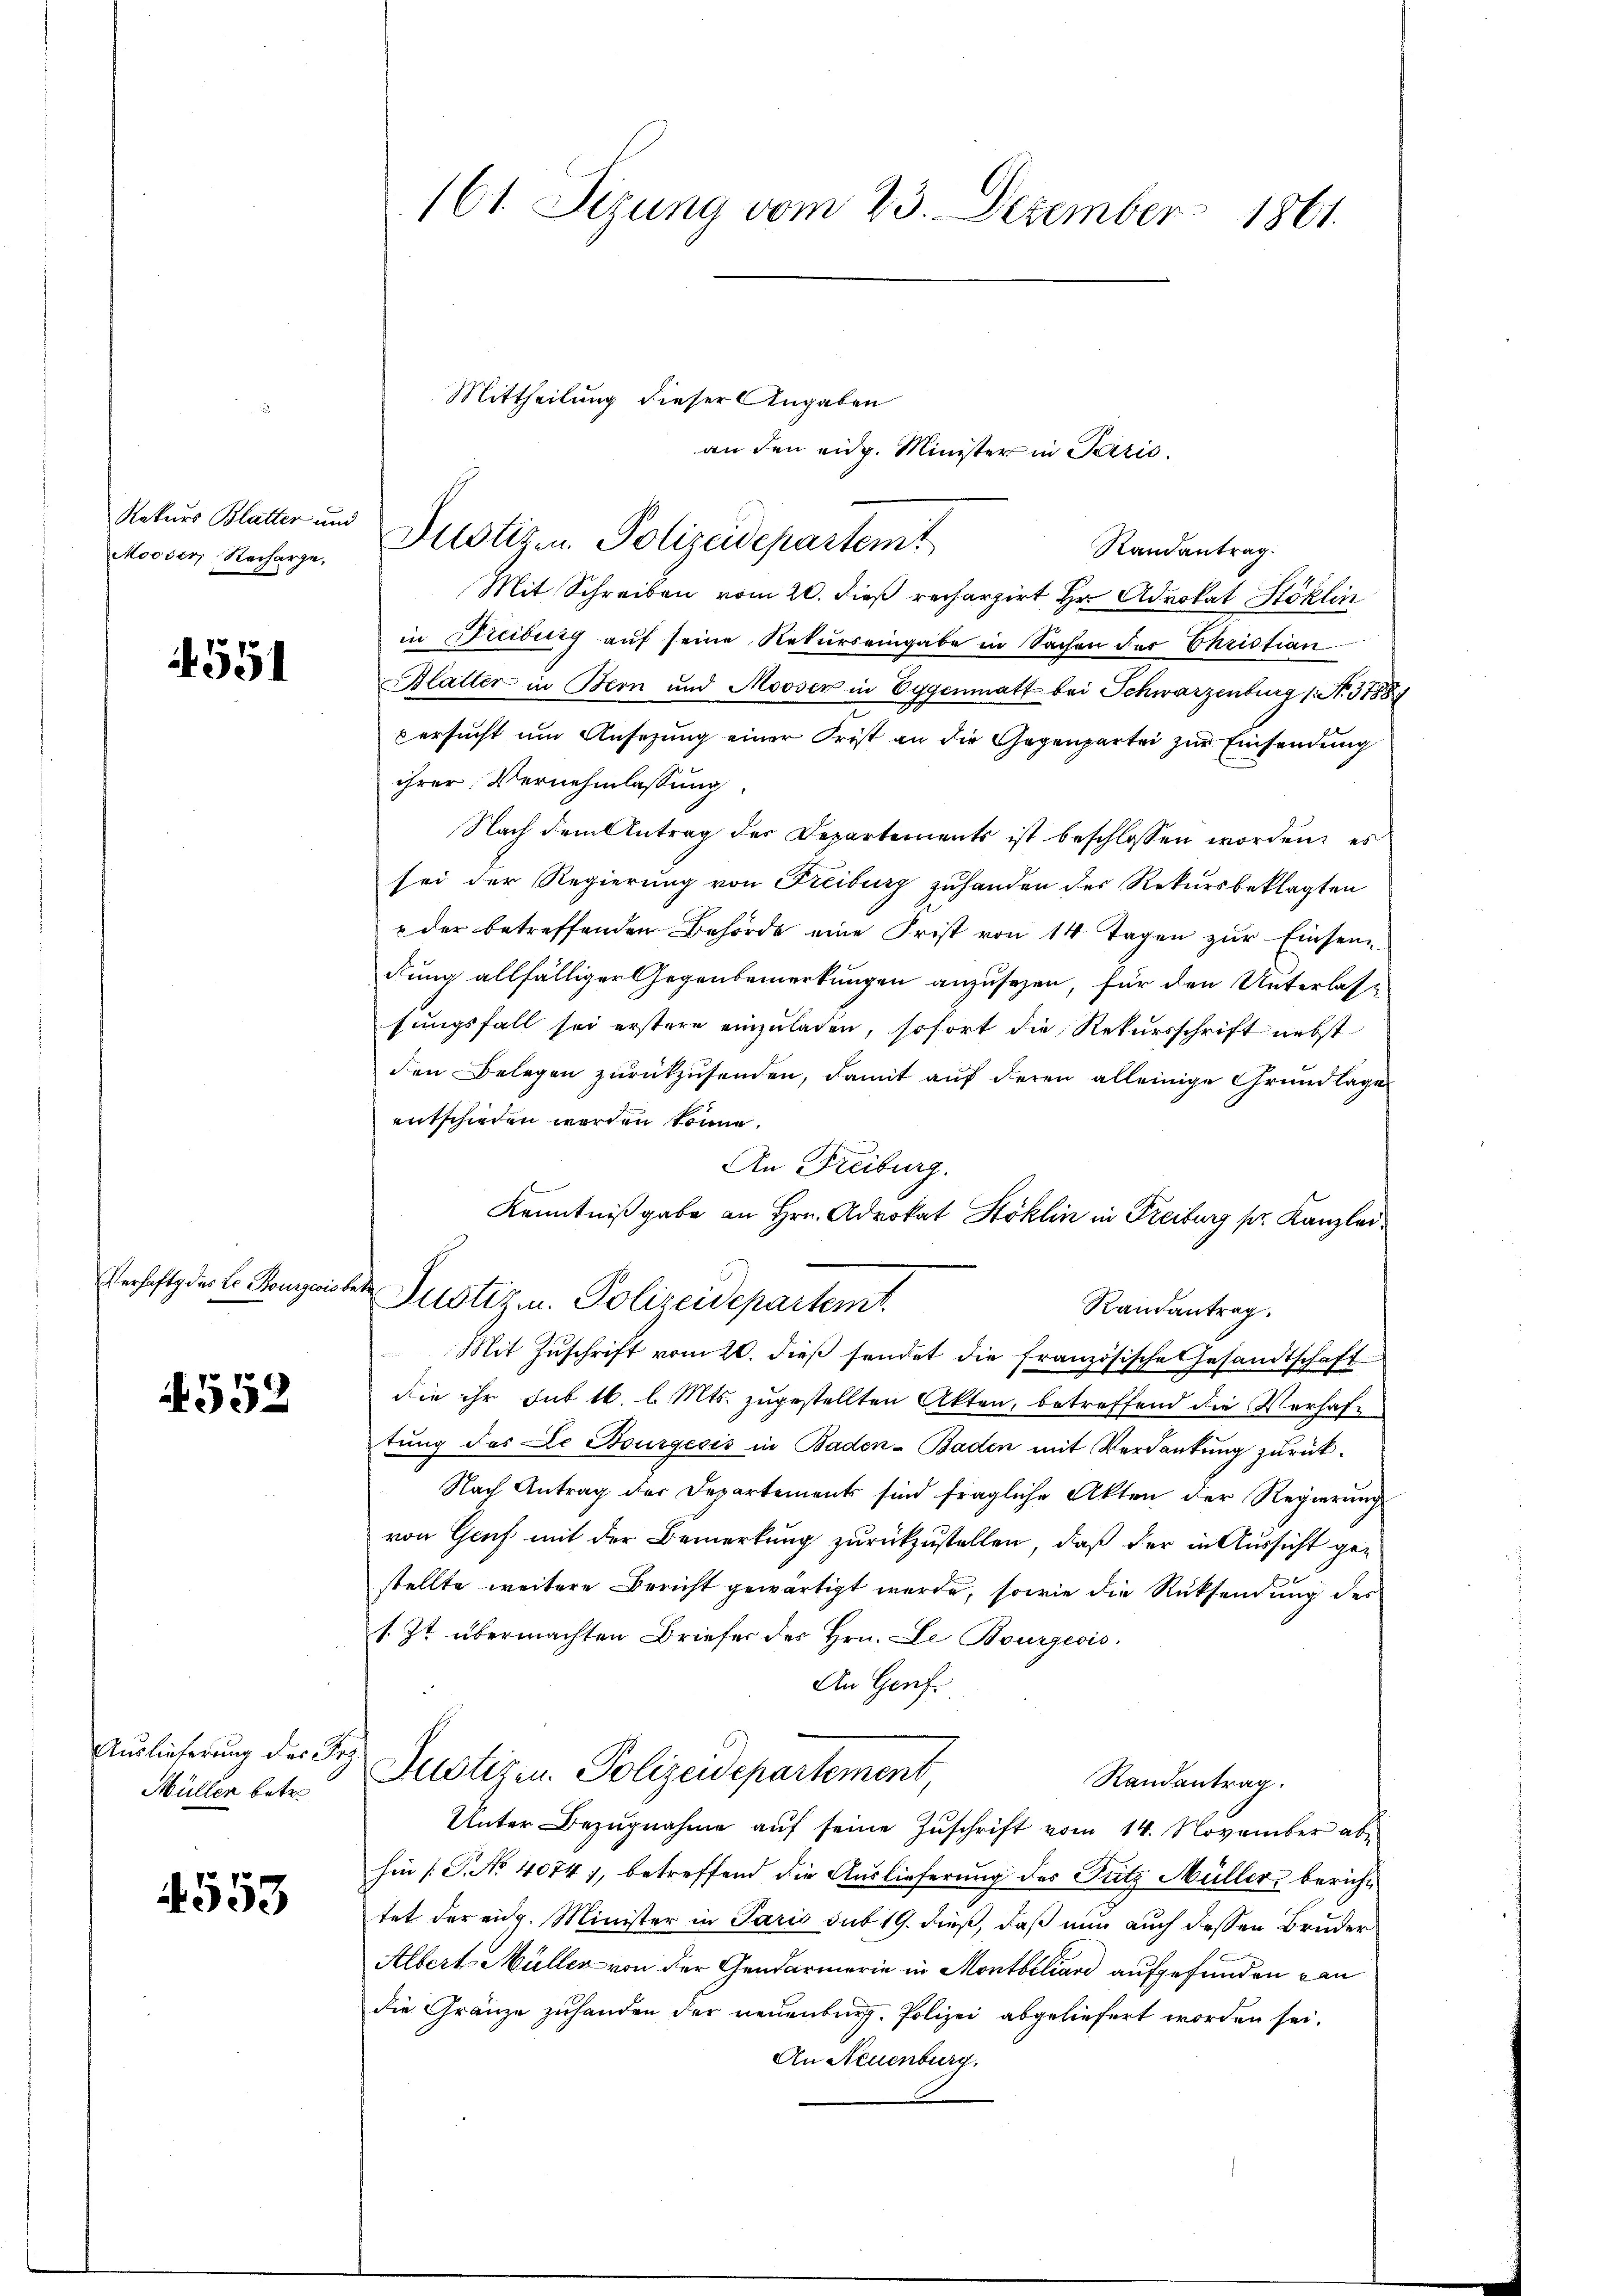
Mooser Recharge,

551

Verhaft der Lo Kourwis

4552

Auslieferung des Frz.
Müllen betr.

4553

161. Sitzung vom 23. Dezember 1861.

betr

an den eidg. Minister in Paris.
Randantrag.
Mit Schreiben vom 20. dieß rechargirt Hr. Advokat Höklin
in Freiburg auf seine Rekurs eingabe in Sachen der Ehristian
Alatter in Bern und Mooser in Eggenmatt bei Schwarzenburg (: No 31889
versucht um Ansezung einer Frist an die Gegenpartei zur Einsendung
ihrer Vernehmlassung.
Nach dem Antrag der Departements ist beschlossen worden, es
sei der Regierung von Freiburg zuhanden der Rekursbeklagten
 der betreffenden Behörde eine Frist von 14 Tagen zŭr Einsen
dung allfälliger Gegenbemerkungen anzusehen, für den Unterlasfungsfall sei erstere einzuladen, sofort die Rekursschrift nebst
den Belegen zurückzusenden, damit auf deren alleinige Grundlage
entschieden werden könne.
An Freiburg.
Kenntnißgabe an Hrn. Advokat Höklin in Freiburg pr. Kanzlei¬
Justiz u. Polizeidepartemt.
Randantrag.
Mit Zŭschrift vom 20. dieβ sendet die französische Gesandtschaft
die ihr sub 16. l. Mts. zugestellten Akten, betreffend die Verhafe
tung des Dr Bourgecis in Baden- Baden mit Verdankung zurück¬
Nach Antrag der Departements sind fragliche Akten der Regierung
von Genf mit der Bemerkung zurückzustellen, daß der in Aussicht gestellte weitere Bericht gewärtigt wurde, sowie die Rücksendung des
1. Zt. übermachten Briefer des Hrn. Le Bourgeois¬
An Genf
Justizen. Polizeidepartement
Randantrag.
Unter Bezŭgnahme aŭf seine Zuschrift vom 14. November abe
hin [P. No 4074), betreffend die Auslieferung des Putz Müller berichtet der eidg. Minister in Paris sub 19. dieß, daß nun auch dessen Bruder
Albert Müller von der Gendarmerie in Montbiliard aufgefunden kan
die Gränze zuhanden der neuenburg. Polizei abgeliefert worden sei.
An Neuenburg.

Mittheilung dieser Angaben
Rekurs Blatter und Pilotizen. Polizeidepartemt